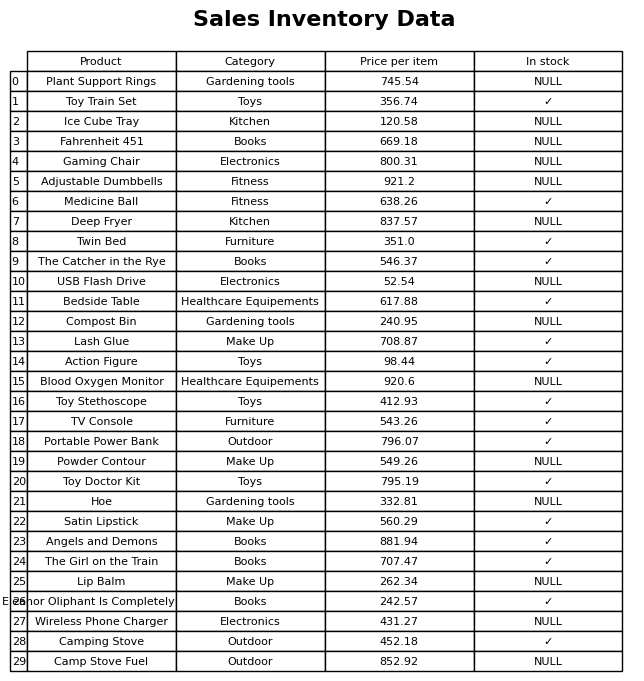
question: What is the stock status of the Angels and Demons?
answer: ✓